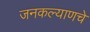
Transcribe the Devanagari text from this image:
जनकल्याणचे